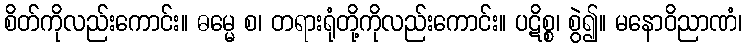
စိတ်ကိုလည်းကောင်း။ ဓမ္မေ စ၊ တရားရုံတို့ကိုလည်းကောင်း။ ပဋိစ္စ၊ စွဲ၍။ မနောဝိညာဏံ၊